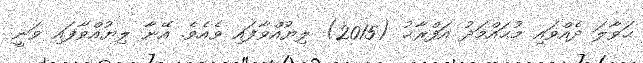
ޙަވާލަ ދެއްވައި މުޙައްމަދު އަފްރާޙު (2015) ލިޔުއްވާފައި ވެއެވެ. އޭނާ ލިޔުއްވާފައި ވަނީ